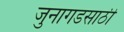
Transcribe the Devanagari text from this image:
जुनागडसाठी